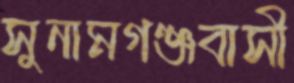
সুনামগঞ্জবাসী